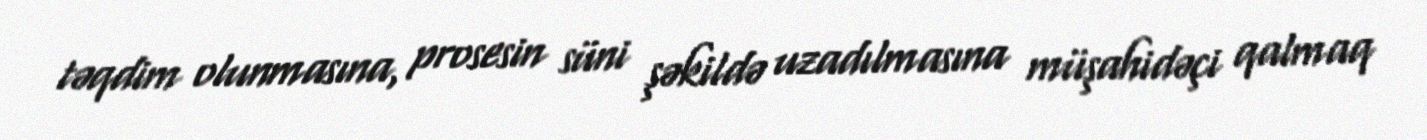
təqdim olunmasına, prosesin süni şəkildə uzadılmasına müşahidəçi qalmaq